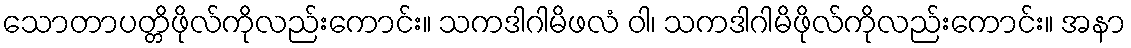
သောတာပတ္တိဖိုလ်ကိုလည်းကောင်း။ သကဒါဂါမိဖလံ ဝါ၊ သကဒါဂါမိဖိုလ်ကိုလည်းကောင်း။ အနာ